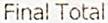
FINAL TOTAL